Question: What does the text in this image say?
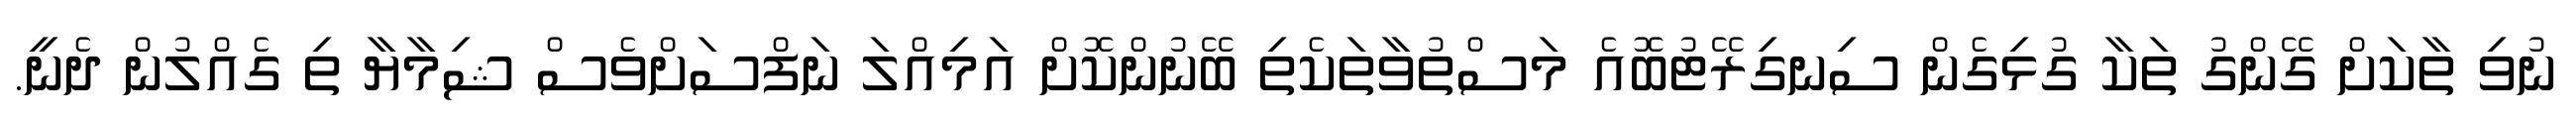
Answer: ނުވި ތާކަށް ގޭންގު ތަކާ ގުޅިގެން ސިނގިރޭޓުބޮއެ މަސްތުވާތަކެތި ބޭނުންކޮށް އަމިއްލަ ނަފްސަށްވެސް ޝިމާޔާ ތި ގެއްލުން ދެނީ.